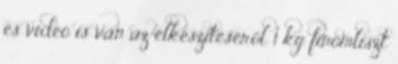
és videó is van az elkészítéséről. 1 kg finomliszt